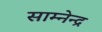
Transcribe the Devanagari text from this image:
साम्नेन्द्र